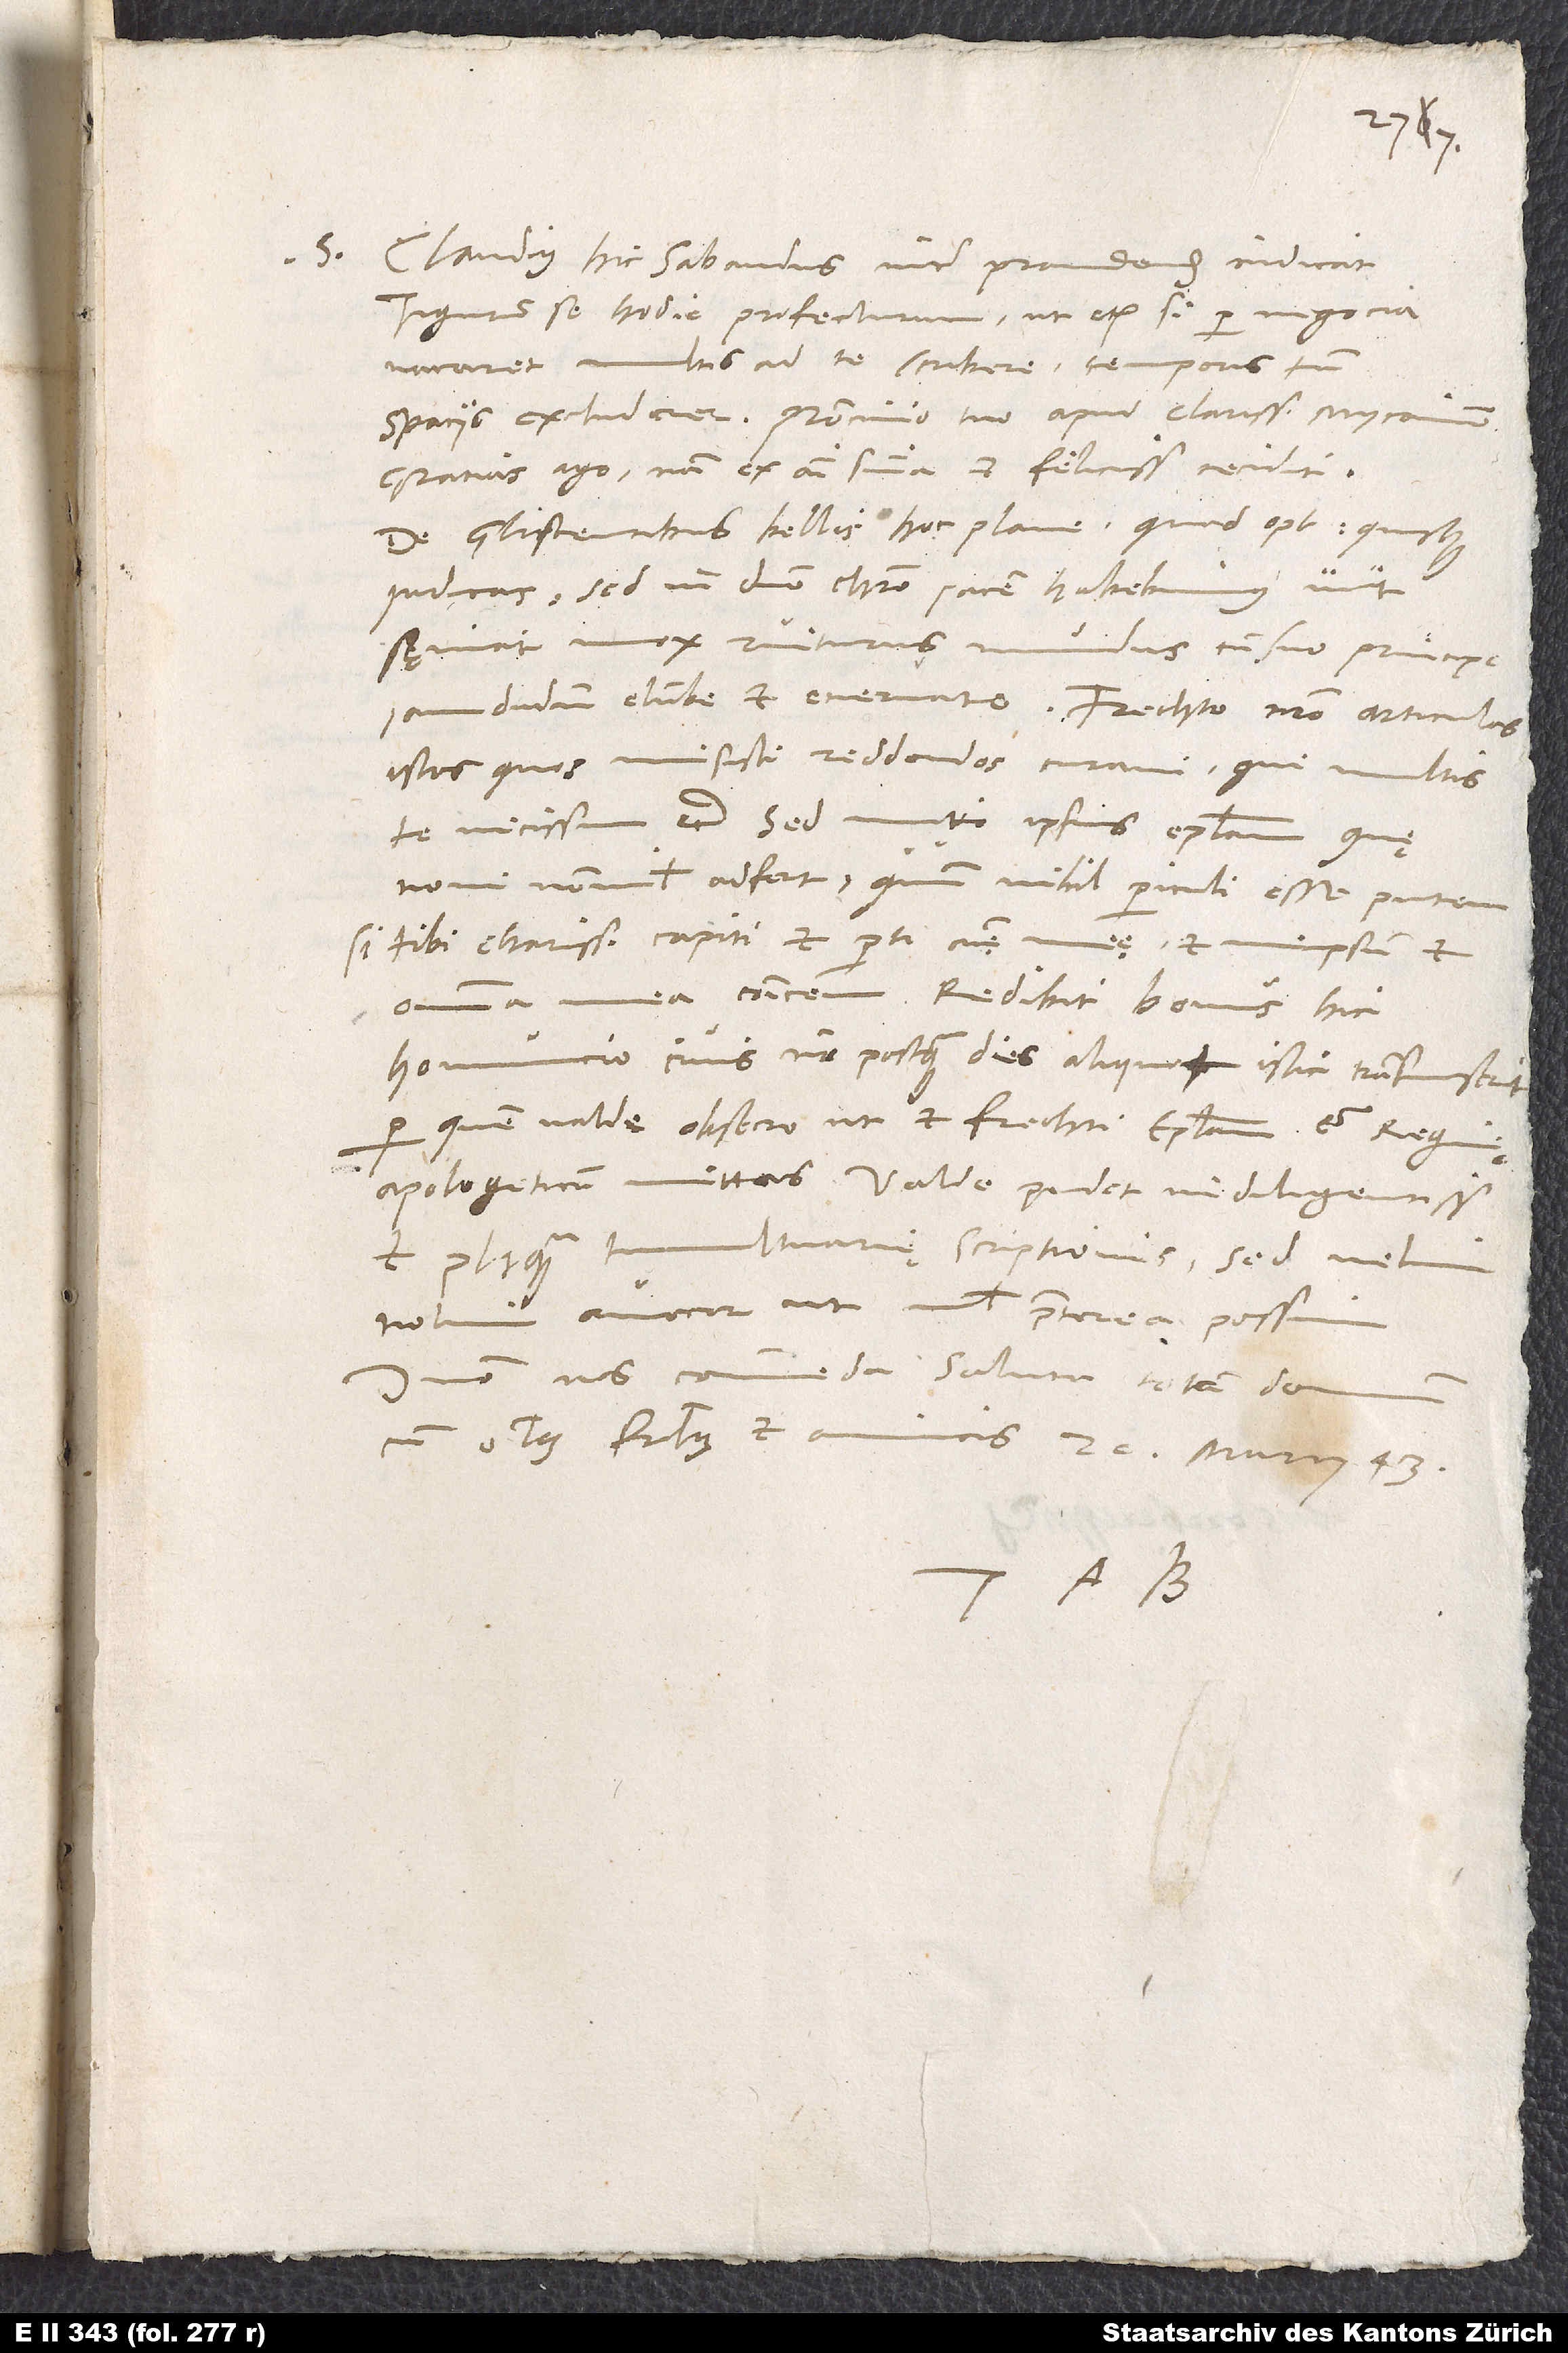
S. Claudius hic Sabaudus inter prandendum indicat
Tigurum se hodie profecturum, ut etiam, si per negocia
vacaret multis ad te scribere, temporis tamen
gratias ago; nam ex animi sententia et felicissime cecidit.
De gliscentibus bellis hoc plane, quod optimus quisque,
iudicas; sed in domino Christo pacem habebimus, utut
sęviat mox ruiturus mundus cum suo principe
istos, quos misisti, reddendos curavi, qui multis
te vicissim etc. Sed mitto ipsius epistolam, quę
novi nonnihil adfert, quum nihil periculi esse putem,
si tibi, charissimo capiti et parti animę meę, et meipsum et
omnia mea communicem. Redibit bonus hic
homuncio, civis noster, postquam dies aliquot istic transmiserit,
per quem valde obsecro, ut et Frechti epistolam et reginę
et plusquam tumultuarię scriptionis; sed velim
nolim avocor, ut nihil praeterea possim.
Domino nos commenda. Saluta totam domum
cum omnibus fratribus et amicis. 20. marcii 43.
Tuus A. B.